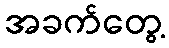
အခက်တွေ့